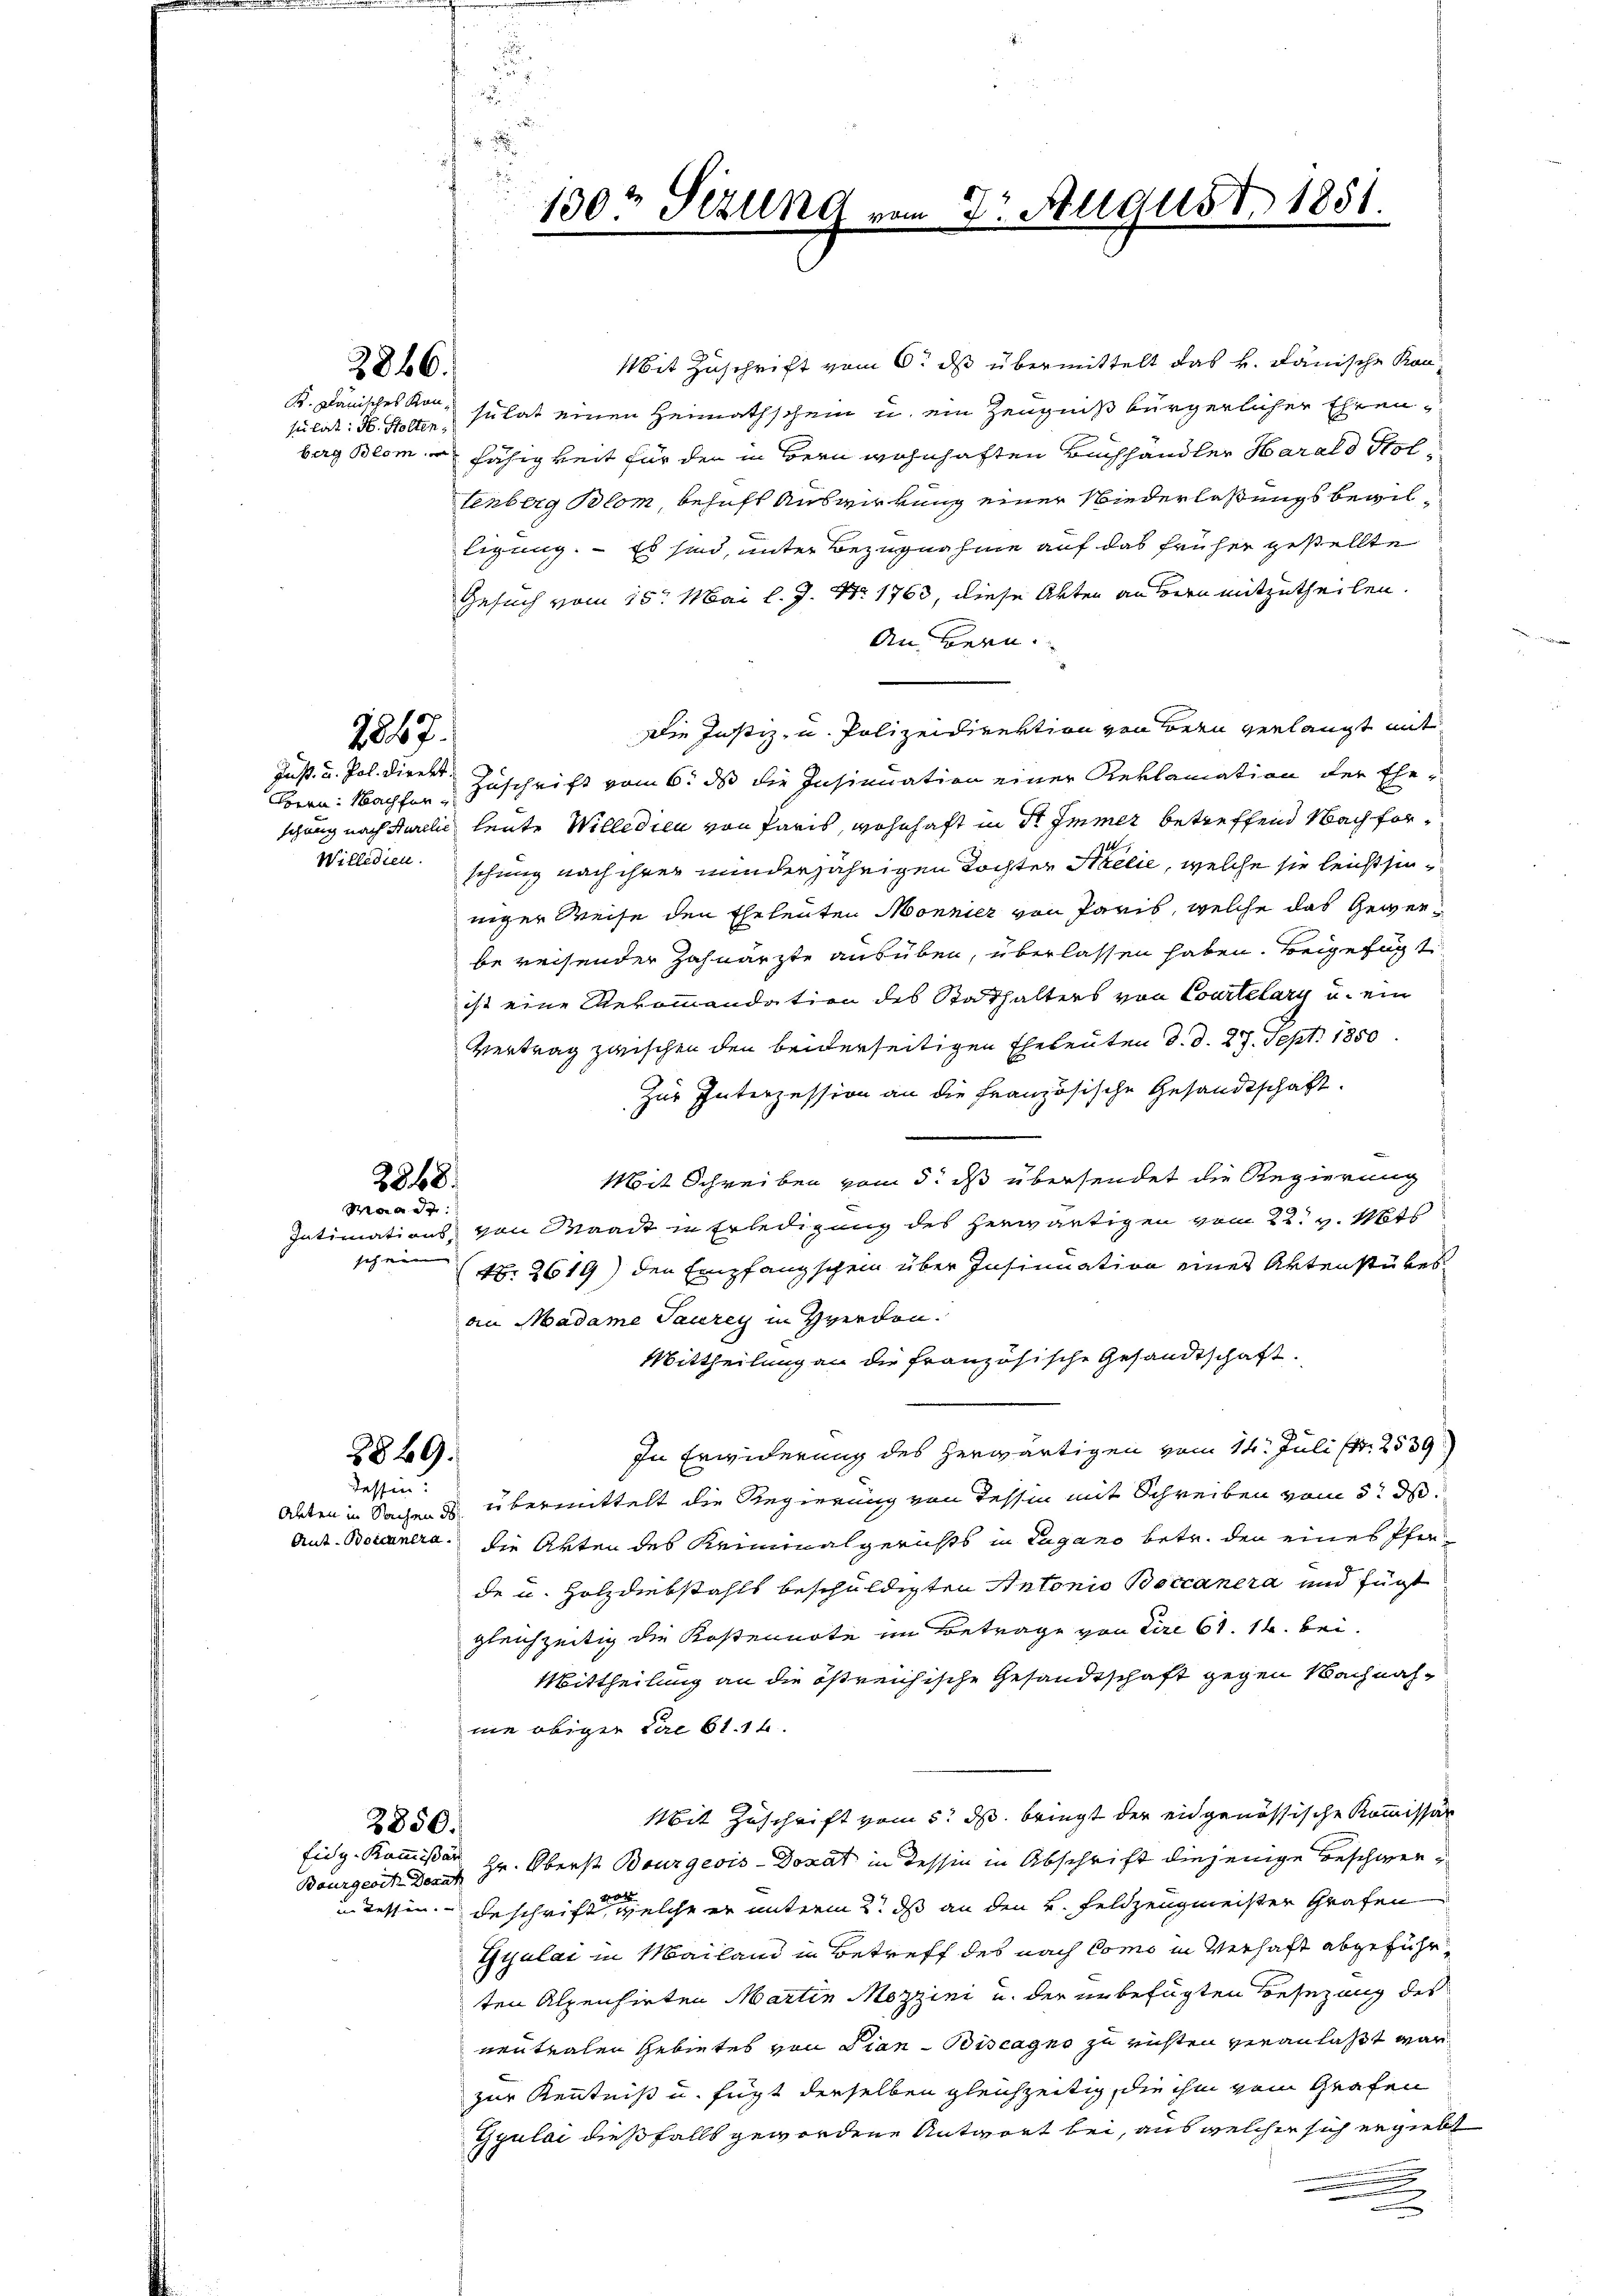
2846.

Sr. Dänisches Konsulat: H. Stolten,

2847.

Bern: Nachfor¬

3848.

Waadt:
schnen |

2849.
dessen:

2850.
Eidg. Kommißär

Mit Zuschrift vom 6t ds übermittelt das k. Janische Kon
sulat einen Heimathschein u. ein Zeugniß bürgerlicher Ehrenberg Blom fähigkeit für den in Bern wohnhaften Buchhändler Harald Holtenberg Blom, behaft Auswirkung einer Wiederlaßungsbewilligung. - Es sind, unter Bezugnahme auf das früher gestellte
Gesuch vom 15. Mai l. J. Nr. 1763, diese Akten an Bern mitzutheilen.
An Bern.
Die Justiz- u. Polizeidirektion von Bern verlangt mit
Just u. Pol. direkt Zuschrift vom 6. ds die Insinuation einer Reklamation der Eheschung nach Aurelie, leute Willedien von Paris, wohnhaft in dr Immer betreffend Nachfor¬
Willerien schung nach ihrer minderjährigen Tochter Stricie, welche sie leicht hinniger Weise den Eheleuten Monnier von Paris, welche das Gewerbereisender Zahnarzte ausüben, überlassen haben. Beigefügt
ist eine Rekommandation des Stadthalters von Courtelary u. ein
Vertrag zwischen den beiderseitigen Eheleuten d. d. 27. Sept. 1850
Zur Interzession an die Französische Gesandtschaft.
Mit Schreiben vom 5. dß übersendet die Regierung
Intimations, von Waadt in Erledigung des herwärtigen vom 22. v. Mts
NB. 2619) den Empfangschein über Insinuation eines Aktenstükesan Madame Taurey in Herden.
Mittheilung an die französische Gesandtschaft.
In Erwiderung des herwärtigen vom 14. Juli pr 2539
Alten in Sachen d übermittelt die Regierung von Tessin mit Schreiben vom 5. ds.
And. Botenera, die Akten des Kriminalgerichts in Lugano betr. den eines Pferde u. Holzdiebstahls beschuldigten Antonio Boccanera und fügt
gleichzeitig die Kostennote im Betrage von Pire 61. 14. bei.
Mittheilung an die östreichische Gesandtschaft gegen Nachnahnie obiger Lire 61. 16.
Mit Zuschrift vom 5. ds. bringt der eidgenössische Kommissar
Bourgerit der Hr. Oberst Bourgeois-Dokat in dessin in Abschrift diejenige Beschwer¬
Tessin. Beschrift, welche er unterm 2t ds an den 4. Feldzeugmeister Grafen
Gyalai in Mailand in Betreff des nach Como in Verhaft abgeführten Alpenhieten Martin Mozzini u. der unbefügten Besezung des
neutralen Gebietes von Dian Biscagno zu richten veranlaßt war
zur Kenntniß u. fügt derselben gleichzeitig, die ihm vom Grafen
Gyulai dießfalls gewordene Antwort bei, aus welcher sich ergiebt
.
.

s
100 Sizung
e

Dr. August 1851.